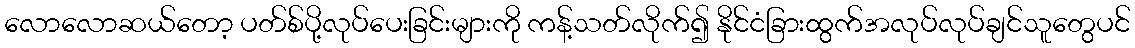
လောလောဆယ်တော့ ပတ်စ်ပို့လုပ်ပေးခြင်းများကို ကန့်သတ်လိုက်၍ နိုင်ငံခြားထွက်အလုပ်လုပ်ချင်သူတွေပင်